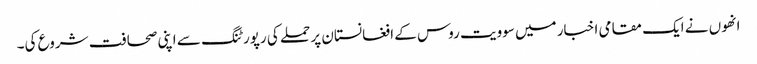
انھوں نے ایک مقامی اخبار میں سوویت روس کے افغانستان پر حملے کی رپورٹنگ سے اپنی صحافت شروع کی۔